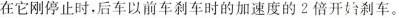
在它刚停止时，后车以前车刹车时的加速度的2倍开始刹车。